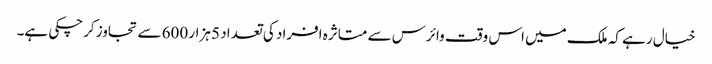
خیال رہے کہ ملک میں اس وقت وائرس سے متاثرہ افراد کی تعداد 5 ہزار 600 سے تجاوز کرچکی ہے۔